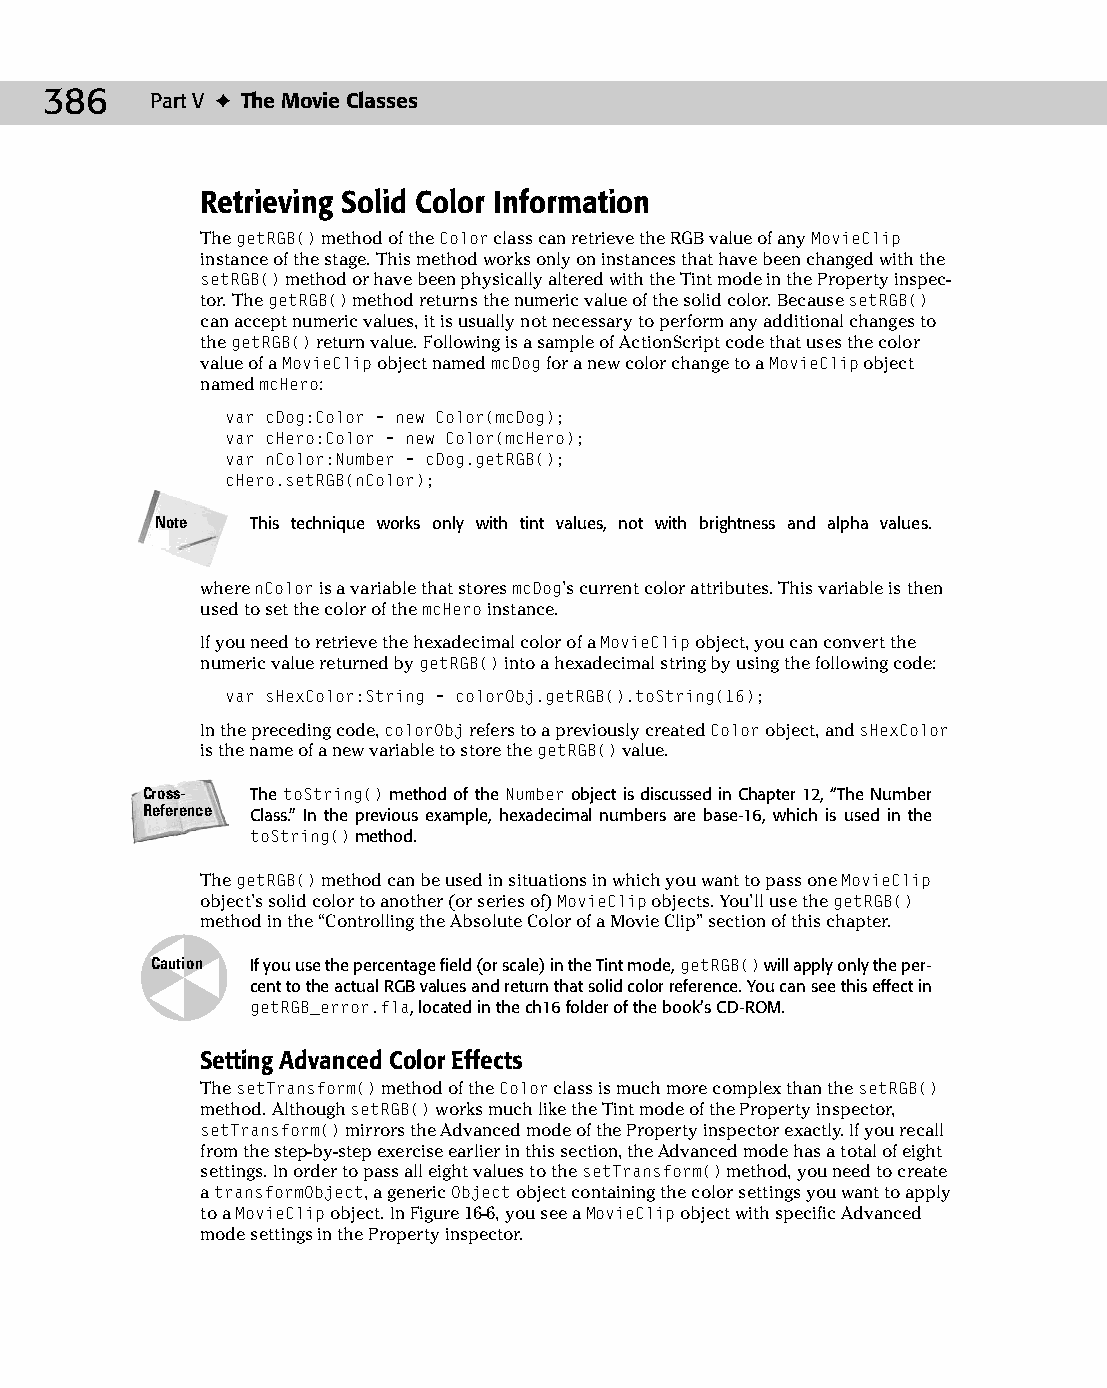
22 543547 ch16.qxd 3/24/04 4:11 PM Page 386
 386    Part V ✦ The Movie Classes
 Retrieving Solid Color Information
 The getRGB() method of the Color class can retrieve the RGB value of any MovieClip
 instance of the stage. This method works only on instances that have been changed with the
 setRGB() method or have been physically altered with the Tint mode in the Property inspec­
 tor. The getRGB() method returns the numeric value of the solid color. Because setRGB()
 can accept numeric values, it is usually not necessary to perform any additional changes to
 the getRGB() return value. Following is a sample of ActionScript code that uses the color
 value of a MovieClip object named mcDog for a new color change to a MovieClip object
 named mcHero:
 var cDog:Color = new Color(mcDog);
 var cHero:Color = new Color(mcHero);
 var nColor:Number = cDog.getRGB();
 cHero.setRGB(nColor);
 Note   This technique works only with tint values, not with brightness and alpha values.
 where nColor is a variable that stores mcDog’s current color attributes. This variable is then
 used to set the color of the mcHero instance.
 If you need to retrieve the hexadecimal color of a MovieClip object, you can convert the
 numeric value returned by getRGB() into a hexadecimal string by using the following code:
 var sHexColor:String = colorObj.getRGB().toString(16);
 In the preceding code, colorObj refers to a previously created Color object, and sHexColor
 is the name of a new variable to store the getRGB() value.
 Cross-  The toString() method of the Number object is discussed in Chapter 12, “The Number
 Reference Class.” In the previous example, hexadecimal numbers are base-16, which is used in the
 toString() method.
 The getRGB() method can be used in situations in which you want to pass one MovieClip
 object’s solid color to another (or series of) MovieClip objects. You’ll use the getRGB()
 method in the “Controlling the Absolute Color of a Movie Clip” section of this chapter.
 Caution If you use the percentage field (or scale) in the Tint mode, getRGB() will apply only the per­
 cent to the actual RGB values and return that solid color reference. You can see this effect in
 getRGB_error.fla, located in the ch16 folder of the book’s CD-ROM.
 Setting Advanced Color Effects
 The setTransform() method of the Color class is much more complex than the setRGB()
 method. Although setRGB() works much like the Tint mode of the Property inspector,
 setTransform() mirrors the Advanced mode of the Property inspector exactly. If you recall
 from the step-by-step exercise earlier in this section, the Advanced mode has a total of eight
 settings. In order to pass all eight values to the setTransform() method, you need to create
 a transformObject, a generic Object object containing the color settings you want to apply
 to a MovieClip object. In Figure 16-6, you see a MovieClip object with specific Advanced
 mode settings in the Property inspector.